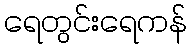
ရေတွင်းရေကန်